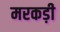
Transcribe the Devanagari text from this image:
मरकड़ी